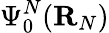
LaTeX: \Psi_{0}^{N}({\mathbf R}_{N})